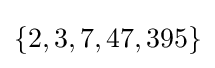
\{2,3,7,47,395\}